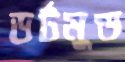
ডর্টমুন্ড